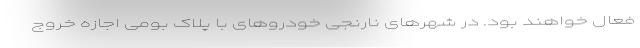
فعال خواهند بود. در شهرهای نارنجی خودروهای با پلاک بومی اجازه خروج